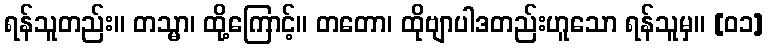
ရန်သူတည်း။ တသ္မာ၊ ထို့ကြောင့်။ တတော၊ ထိုဗျာပါဒတည်းဟူသော ရန်သူမှ။ [၀၁]